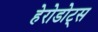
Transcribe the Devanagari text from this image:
हेरोडोट्स